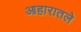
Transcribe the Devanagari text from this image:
आहारातले